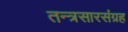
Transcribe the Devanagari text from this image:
तन्त्रसारसंग्रह